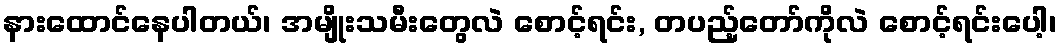
နားထောင်နေပါတယ်၊ အမျိုးသမီးတွေလဲ စောင့်ရင်း, တပည့်တော်ကိုလဲ စောင့်ရင်းပေါ့၊